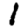
Digit: 1